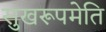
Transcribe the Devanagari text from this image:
सुखरूपमेति